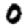
Digit: 0